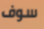
سوف